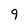
Character: 9